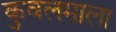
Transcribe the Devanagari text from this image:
कुवलमाला